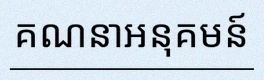
គណនាអនុគមន៍